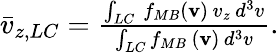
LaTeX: \begin{array}{r}{\bar{v}_{z,LC}=\frac{\intop_{LC}\, f_{MB}\left(\mathbf{v}\right)\, v_{z}\, d^{3}v}{\intop_{LC}f_{MB}\, \left(\mathbf{v}\right)\, d^{3}v}.}\end{array}